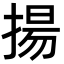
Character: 揚